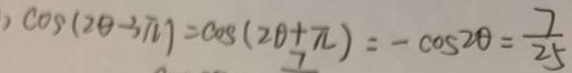
\cos ( 2 \theta - 3 \pi ) = \cos ( 2 \theta + \pi ) = - \cos 2 \theta = \frac { 7 } { 2 5 }